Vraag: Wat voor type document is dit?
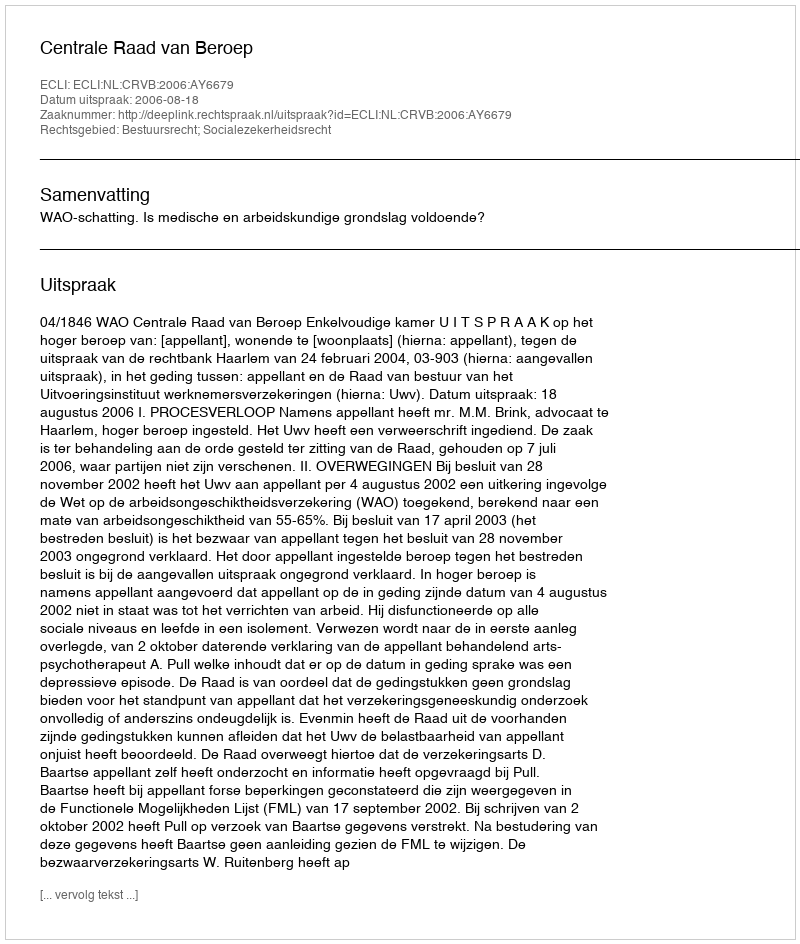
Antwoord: Uitspraak